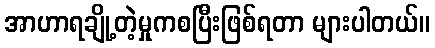
အာဟာရချို့တဲ့မှုကစပြီးဖြစ်ရတာ များပါတယ်။